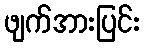
ဖျက်အားပြင်း